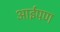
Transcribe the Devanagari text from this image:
आईपण